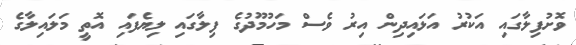
ވޮށުފިލާގައި އަކުރު އަޅައިދިން އިރު ވެސް މަހުމޫދުގެ ފިލާގައި ލިޔެފައި އޮތީ މަލައިލާގެ